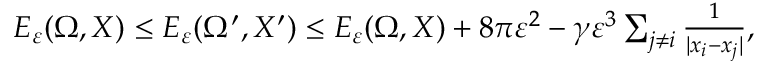
\begin{array} { r } { E _ { \varepsilon } ( \Omega , X ) \leq E _ { \varepsilon } ( \Omega ^ { \prime } , X ^ { \prime } ) \leq E _ { \varepsilon } ( \Omega , X ) + 8 \pi \varepsilon ^ { 2 } - \gamma \varepsilon ^ { 3 } \sum _ { j \not = i } { \frac { 1 } { | x _ { i } - x _ { j } | } } , } \end{array}